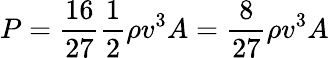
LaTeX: P={\frac{16}{27}}{\frac{1}{2}}\rho v^{3}A={\frac{8}{27}}\rho v^{3}A